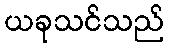
ယခုသင်သည်